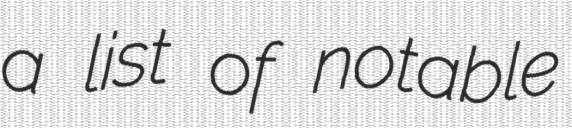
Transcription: a list of notable